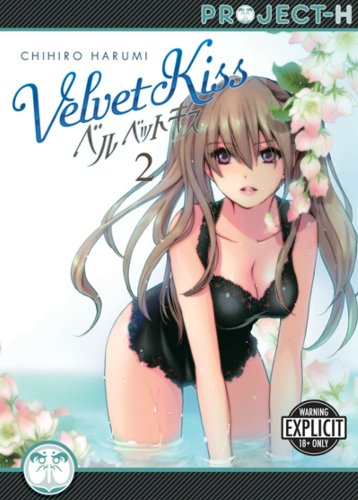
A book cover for Velvet Kiss Volume 2 (Hentai Manga); Chihiro Harumi; Comics & Graphic Novels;